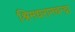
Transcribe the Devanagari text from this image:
श्रिमधरामचन्द्रा